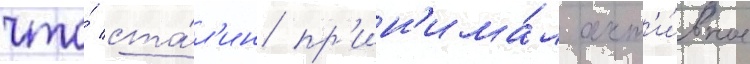
что́ ста́л'ин пр'ин'има́л акт'и́вное